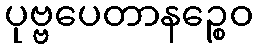
ပုဗ္ဗပေတာနဉ္စေဝ